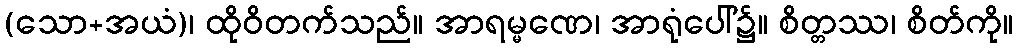
(သော+အယံ)၊ ထိုဝိတက်သည်။ အာရမ္မဏေ၊ အာရုံပေါ်၌။ စိတ္တဿ၊ စိတ်ကို။